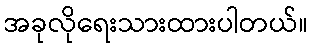
အခုလိုရေးသားထားပါတယ်။